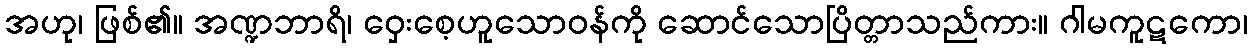
အဟု၊ ဖြစ်၏။ အဏ္ဍဘာရိ၊ ဝှေးစေ့ဟူသောဝန်ကို ဆောင်သောပြိတ္တာသည်ကား။ ဂါမကူဋကော၊